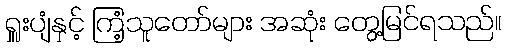
ရှူးပျံနှင့် ကြံ့သူတော်များ အဆုံး တွေ့မြင်ရသည်။